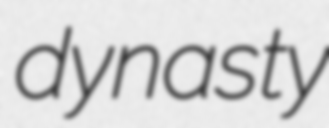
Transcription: dynasty